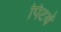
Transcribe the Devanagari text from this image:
पिटवें